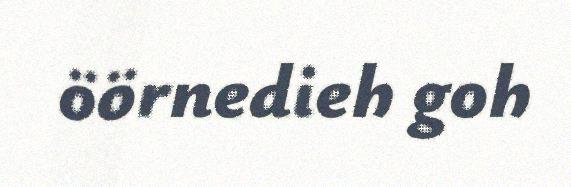
öörnedieh goh